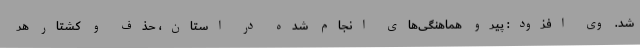
شد. وی افزود: پیرو هماهنگی‌های انجام شده در استان، حذف و کشتار هر